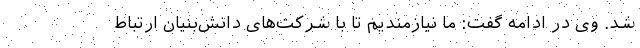
شد. وی در ادامه گفت: ما نیازمندیم تا با شرکت‌های دانش‌بنیان ارتباط